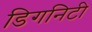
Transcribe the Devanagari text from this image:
डिगनिटी